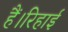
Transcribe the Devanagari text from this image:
हैं।रिहाई